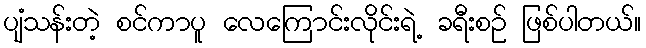
ပျံသန်းတဲ့ စင်ကာပူ လေကြောင်းလိုင်းရဲ့ ခရီးစဉ် ဖြစ်ပါတယ်။